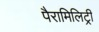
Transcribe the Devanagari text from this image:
पैरामिलिट्री